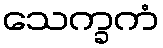
သေက္ခကံ